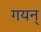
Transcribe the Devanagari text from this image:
गयन्